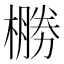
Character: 橳